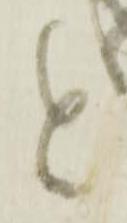
と